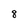
Character: 8